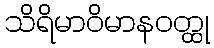
သိရိမာဝိမာနဝတ္ထု